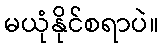
မယုံနိုင်စရာပဲ။